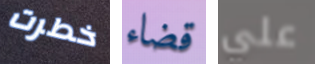
خطرت قضاء علي